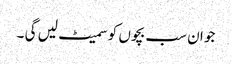
جو ان سب بچوں کو سمیٹ لیں گی ۔